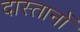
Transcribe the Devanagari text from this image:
दास्तानों